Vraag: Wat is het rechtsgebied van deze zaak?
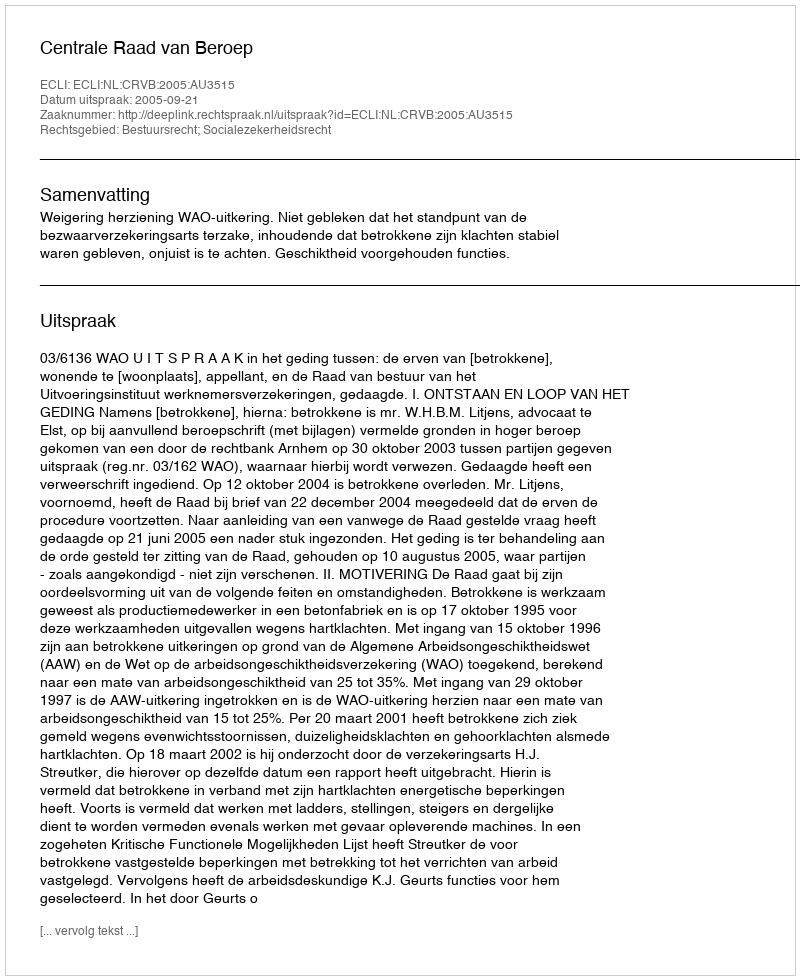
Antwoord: Bestuursrecht; Socialezekerheidsrecht